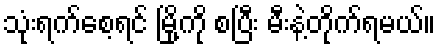
သုံးရက်စေ့ရင် မြို့ကို စပြီး မီးနဲ့တိုက်ရမယ်။